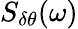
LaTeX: S_{\delta\theta}(\omega)